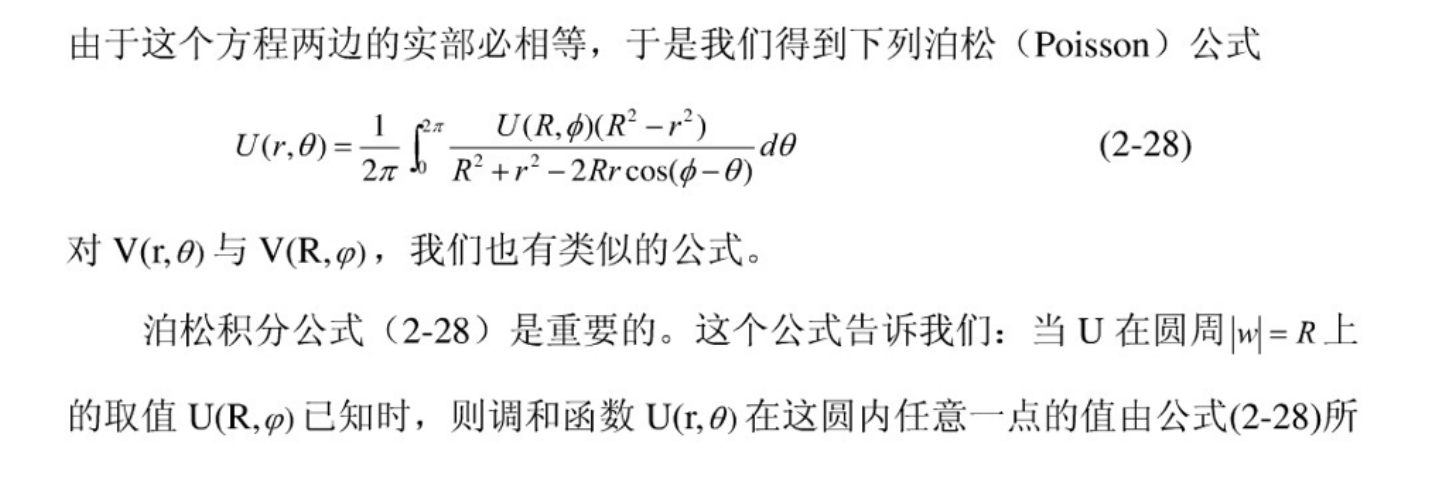
由于这个方程两边的实部必相等，于是我们得到下列泊松（Poisson）公式
\[
U(r,\theta)=\frac{1}{2\pi}\int_{0}^{2\pi}\frac{U(R,\phi)(R^{2}-r^{2})}{R^{2}+r^{2}-2Rr\cos(\phi - \theta)}d\theta
\]
对 \(V(r,\theta)\) 与 \(V(R,\varphi)\)，我们也有类似的公式。

泊松积分公式（2-28）是重要的。这个公式告诉我们：当 \(U\) 在圆周\(\vert w\vert = R\)上的取值 \(U(R,\varphi)\) 已知时，则调和函数 \(U(r,\theta)\) 在这圆内任意一点的值由公式(2-28)所